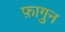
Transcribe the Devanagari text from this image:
फ़ागुन